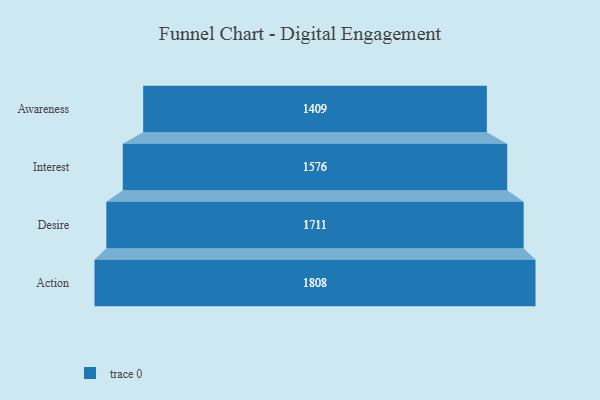
{"axis": {"x": "Stage", "y": "Value"}, "legend": [""], "data": [{"x": "Awareness", "y": 1409.0, "type": ""}, {"x": "Interest", "y": 1576.0, "type": ""}, {"x": "Desire", "y": 1711.0, "type": ""}, {"x": "Action", "y": 1808.0, "type": ""}]}